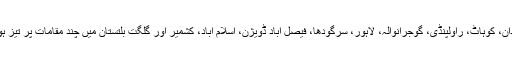
ہفتہ اور اتوار کےدوران: مالاکنڈ، ہزارہ، پشاور، مردان، کوہاٹ، راولپنڈی، گوجرانوالہ، لاہور، سرگودھا، فیصل آباد ڈویژن، اسلام آباد، کشمیر اور گلگت بلتستان میں چند مقامات پر تیز ہواوٗں/آندھی اور گرج چمک کے ساتھ بارش کا امکان۔